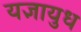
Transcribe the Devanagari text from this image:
यज्ञायुध